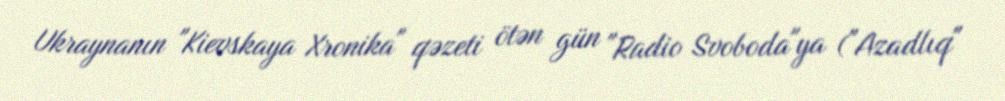
Ukraynanın "Kievskaya Xronika" qəzeti ötən gün "Radio Svoboda"ya ("Azadlıq"